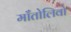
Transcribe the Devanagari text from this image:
माँतोलिवो